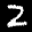
Label: 2